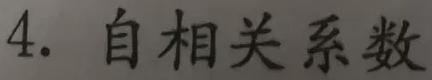
4. 自相关系数